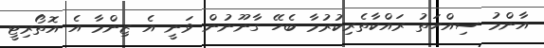
އާންމު ސިއްހަތު ރައްކާތެރިކުރުމާ ބެހޭ ގާނޫނުން ވަނީ އެ ޒިންމާ އެ އޮތޯރިޓީ